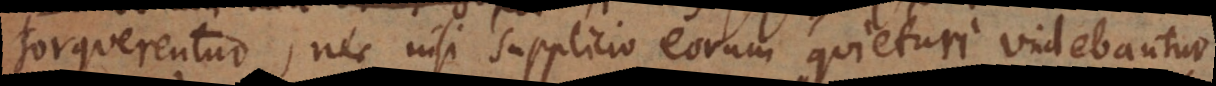
orquerentur, nec nisi supplicio eorum quieturi videbantur.